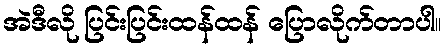
အဲဒီလို ပြင်းပြင်းထန်ထန် ပြောလိုက်တာပါ။